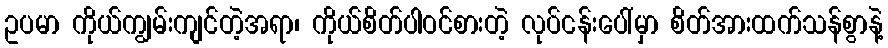
ဥပမာ ကိုယ်ကျွမ်းကျင်တဲ့အရာ၊ ကိုယ်စိတ်ပါဝင်စားတဲ့ လုပ်ငန်းပေါ်မှာ စိတ်အားထက်သန်စွာနဲ့